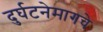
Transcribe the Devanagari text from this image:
दुर्घटनेमागचे